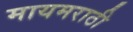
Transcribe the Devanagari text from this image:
मायमराठी